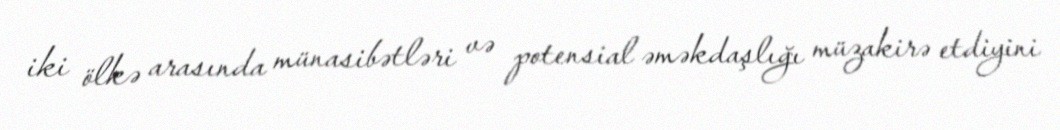
iki ölkə arasında münasibətləri və potensial əməkdaşlığı müzakirə etdiyini